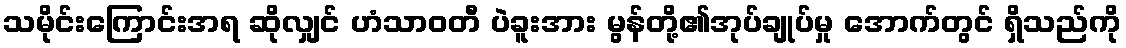
သမိုင်းကြောင်းအရ ဆိုလျှင် ဟံသာဝတီ ပဲခူးအား မွန်တို့၏အုပ်ချုပ်မှု အောက်တွင် ရှိသည်ကို